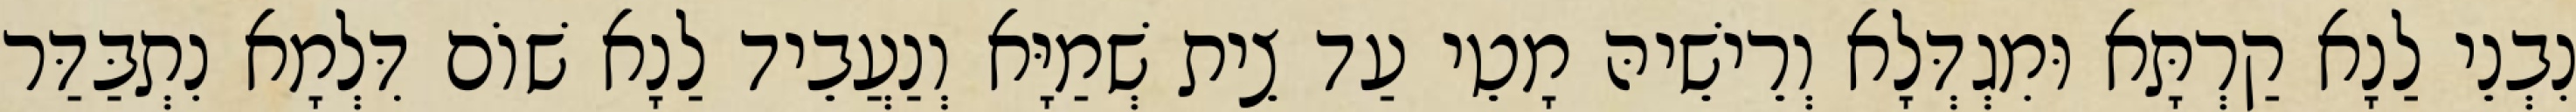
נִבְנֵי לַנָא קַרְתָּא וּמִגְדְּלָא וְרֵישֵׁיהּ מָטֵי עַד צֵית שְׁמַיָּא וְנַעֲבֵיד לַנָא שׁוֹם דִּלְמָא נִתְבַּדַּר